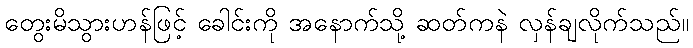
တွေးမိသွားဟန်ဖြင့် ခေါင်းကို အနောက်သို့ ဆတ်ကနဲ လှန်ချလိုက်သည်။